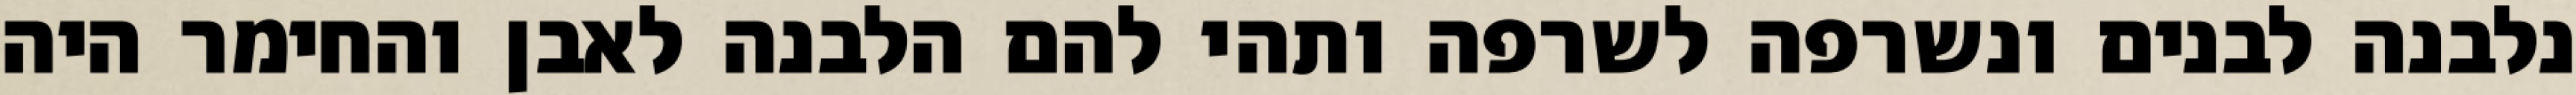
נלבנה לבנים ונשרפה לשרפה ותהי להם הלבנה לאבן והחימר היה